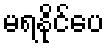
မရနိုင်ပေ